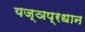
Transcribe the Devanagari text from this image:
यज्ञप्रधान